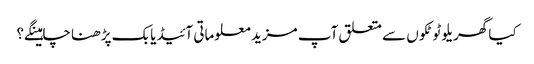
کیا گھریلو ٹوٹکوں سے متعلق آپ مزید معلوماتی آئیڈیابک پڑھنا چاہینگے؟